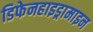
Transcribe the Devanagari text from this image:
डिफेनहाइड्रामाइन